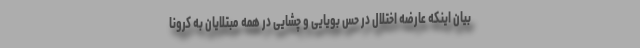
بیان اینکه عارضه اختلال در حس بویایی و چشایی در همه مبتلایان به کرونا